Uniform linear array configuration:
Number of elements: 24
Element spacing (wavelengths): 0.25
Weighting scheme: exponential
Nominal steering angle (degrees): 45
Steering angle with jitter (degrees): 45.694
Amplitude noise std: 0.05
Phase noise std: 0.05

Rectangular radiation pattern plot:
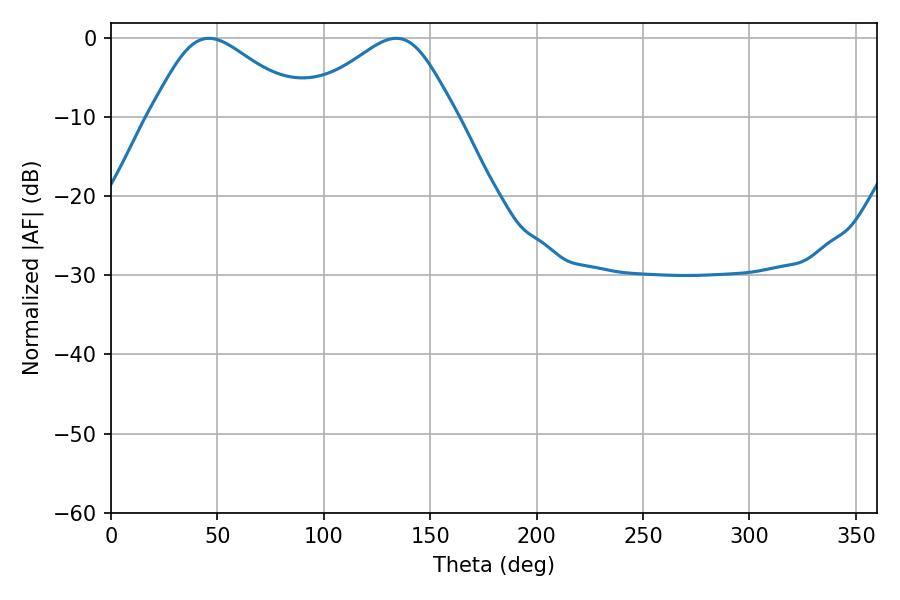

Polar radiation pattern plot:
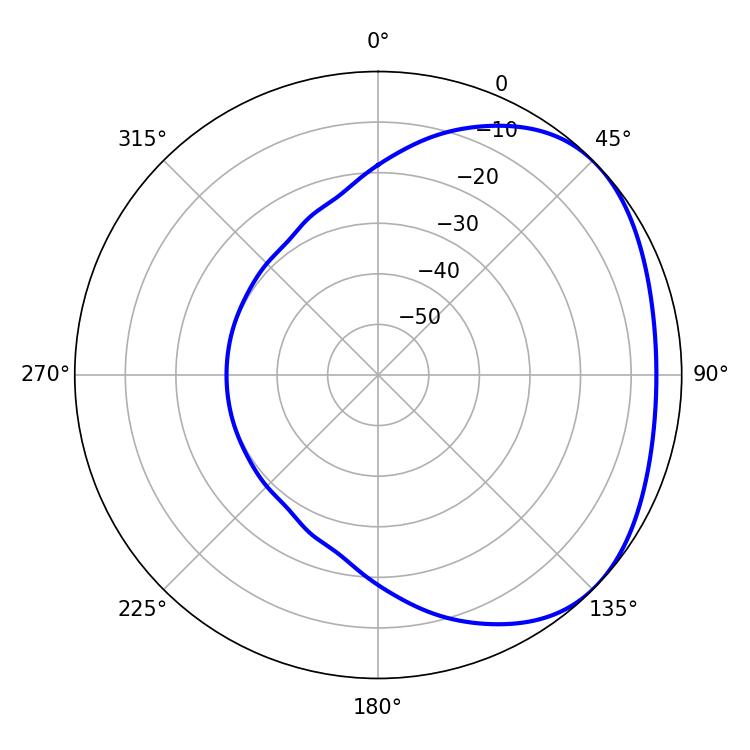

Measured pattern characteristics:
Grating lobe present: FALSE
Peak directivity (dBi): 2.634
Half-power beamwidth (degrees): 36.54
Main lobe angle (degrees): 133.92